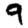
Digit: 9